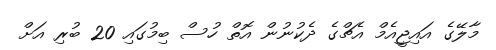
މާލޭގެ އައިޖީއެމް އެޗްގެ ދެކުނުން އޮތް ހުސް ބިމުގައި 20 ބުރި އަށް